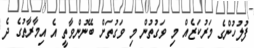
ފުލުހުންގެ މަރުކަޒެއް މި ވަގުތުން މި ވަގުތަށް ބޭނުންވާތީ އެ އިމާރާތުގެ ދެ